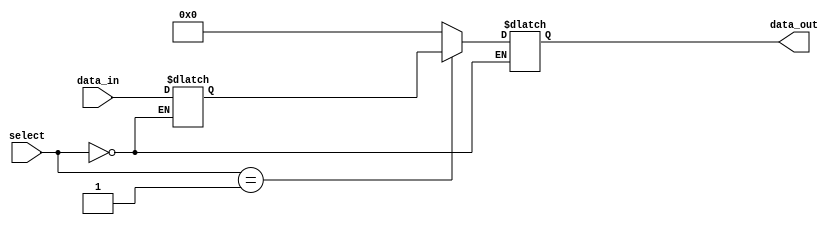
module io_mux_demux_buffer (
  input [7:0] data_in,
  input [1:0] select,
  output reg [7:0] data_out
);

reg [7:0] data_storage;

always @ (select or data_in)
begin
  case (select)
    2'b00: data_storage <= data_in; // Mux data from multiple inputs to one output
    2'b01: data_out <= data_storage; // Demux data from one input to multiple outputs
    default: data_out <= 8'b0; // Default output
  endcase
end

endmodule